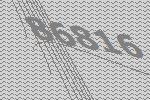
86816